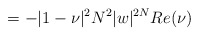
\begin{align*}=-|1-\nu|^2N^2|w|^{2N}Re(\nu)\end{align*}